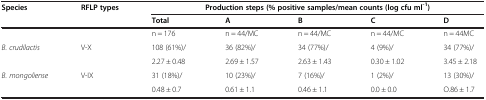
<table><thead><tr><td><b>Species</b></td><td><b>RFLP types</b></td><td colspan="5"><b>Production steps (% positive samples/mean counts (log cfu ml<sup>-1</sup>)</b></td></tr><tr><td><b> </b></td><td><b> </b></td><td><b>Total</b></td><td><b>A</b></td><td><b>B</b></td><td><b>C</b></td><td><b>D</b></td></tr></thead><tbody><tr><td> </td><td> </td><td>n = 176</td><td>n = 44/MC</td><td>n = 44/MC</td><td>n = 44/MC</td><td>n = 44MC</td></tr><tr><td rowspan="2"><i>B. crudilactis</i></td><td rowspan="2">V-X</td><td>108 (61%)/</td><td>36 (82%)/</td><td>34 (77%)/</td><td>4 (9%)/</td><td>34 (77%)/</td></tr><tr><td>2.27 ± 0.48</td><td>2.69 ± 1.57</td><td>2.63 ± 1.43</td><td>0.30 ± 1.02</td><td>3.45 ± 2.18</td></tr><tr><td rowspan="2"><i>B. mongoliense</i></td><td rowspan="2">V-IX</td><td>31 (18%)/</td><td>10 (23%)/</td><td>7 (16%)/</td><td>1 (2%)/</td><td>13 (30%)/</td></tr><tr><td>0.48 ± 0.7</td><td>0.61 ± 1.1</td><td>0.46 ± 1.1</td><td>0.0 ± 0.0</td><td>O.86 ± 1.7</td></tr></tbody></table>